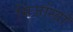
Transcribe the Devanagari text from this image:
मिर्जाखाँ